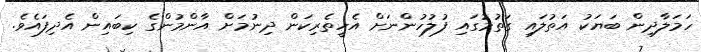
ހަމަލާދިން ބަޔަކު އަތުލައި ގަތުމުގައި ފުލުހުންނަށް އެހީތެރިކަން ދިނުމަށް އާންމުންގެ ކިބައިން އެދިފައެވެ.